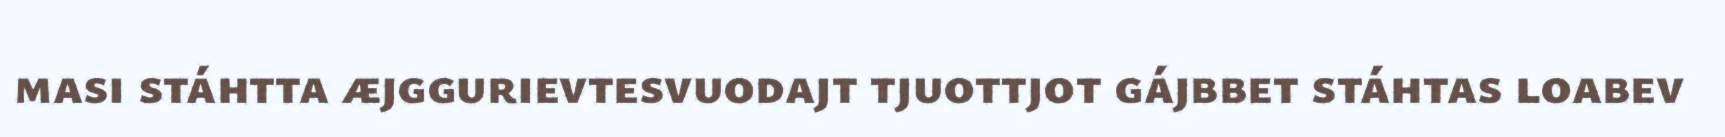
masi stáhtta æjggurievtesvuodajt tjuottjot gájbbet stáhtas loabev